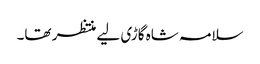
سلامہ شاہ گاڑی لیے منتظر تھا۔